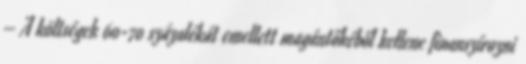
– A költségek 60-70 százalékát emellett magántőkéből kellene finanszírozni